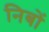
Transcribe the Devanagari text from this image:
निबों